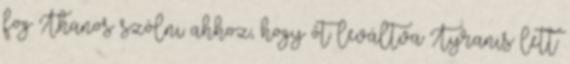
fog Thanos szólni ahhoz, hogy őt leváltva Tyranis lett